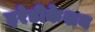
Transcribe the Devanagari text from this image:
इरेडीकेशन